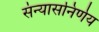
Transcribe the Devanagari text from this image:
संन्यासनिर्णय